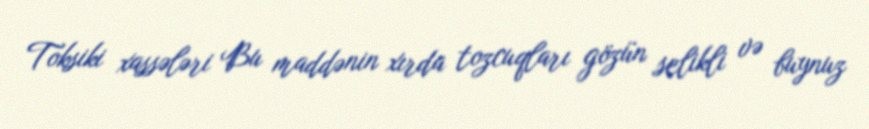
Toksiki xassələri Bu maddənin xırda tozcuqları gözün selikli və buynuz